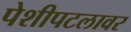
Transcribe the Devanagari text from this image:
पेशीपटलावर